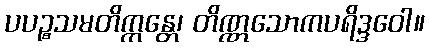
ပပဉ္စသမတိက္ကန္တေ၊ တိဏ္ဏသောကပရိဒ္ဒဝေါ။